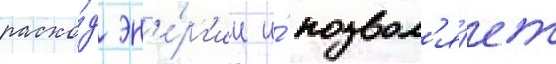
расхо́д эн'е́рг'ии и́ позвол'я́ет